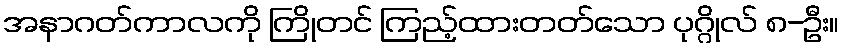
အနာဂတ်ကာလကို ကြိုတင် ကြည့်ထားတတ်သော ပုဂ္ဂိုလ် ၈-ဦး။